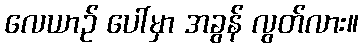
လေယာဉ် ပေါ်မှာ အခွန် လွတ်လား။